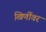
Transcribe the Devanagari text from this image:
खिर्णीवर